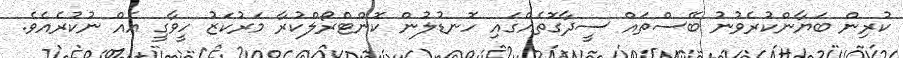
ކުރިން ބަޔާންކުރެވުނު ބޭސްތައް ސީދާގޮތެއްގައި ހޮނޑުލުން ކޮންޓްރޯލްކުރާ މަރުކަޒު ހީވާގީ އެއް ނުކުރެއެވެ.